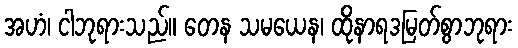
အဟံ၊ ငါဘုရားသည်။ တေန သမယေန၊ ထိုနာရဒမြတ်စွာဘုရား